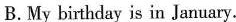
B.My bithday is in January.